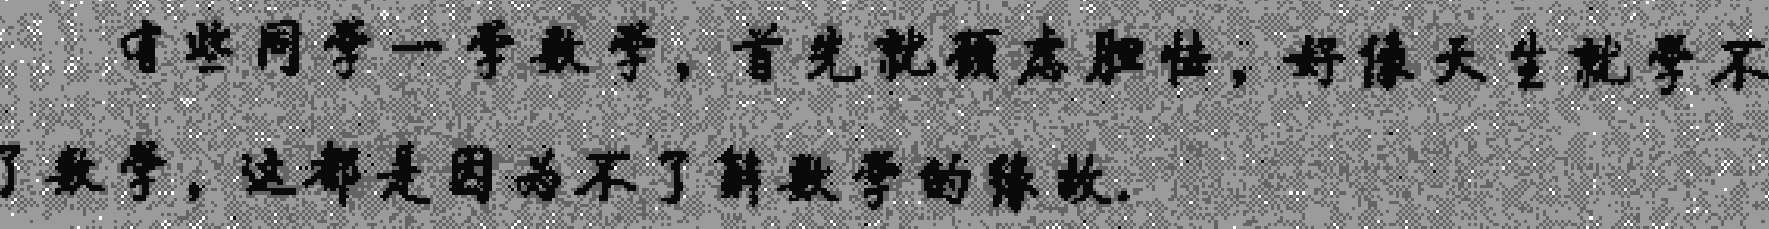
有些同学一学数学，首先就顾虑胆怯，好像天生就学不了数学，这都是因为不了解数学的缘故.